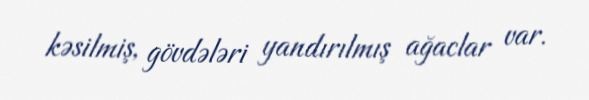
kəsilmiş, gövdələri yandırılmış ağaclar var.